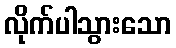
လိုက်ပါသွားသော